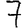
Digit: 7